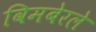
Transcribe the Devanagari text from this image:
विमबेरले